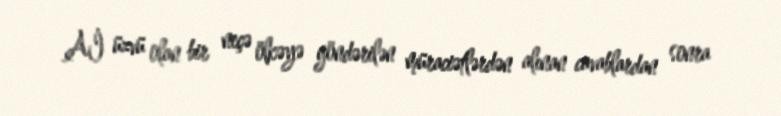
Aİ üzvü olan bir neçə ölkəyə göndərilən müraciətlərdən alınan cavablardan sonra